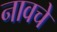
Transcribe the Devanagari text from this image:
नावचे